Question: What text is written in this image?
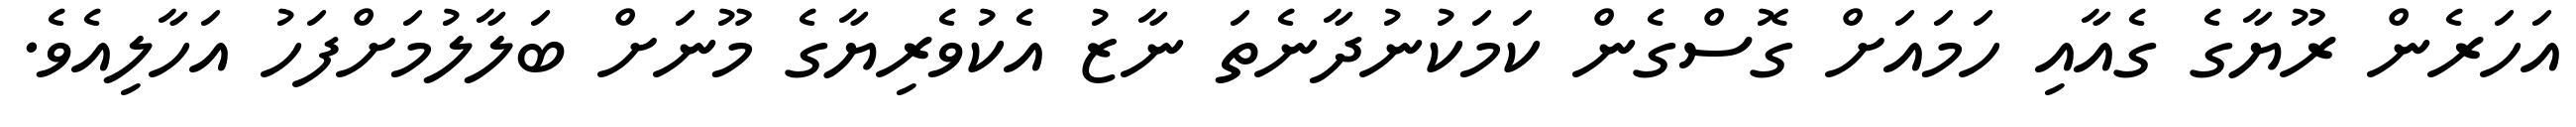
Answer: އަހަރެން ރޫޔާގެ ގެއާއި ހަމައަށް ގޮސްގެން ކަމަކުނުދާނެތަ ނާޒު އެކުވެރިޔާގެ މޫނަށް ބަލާލުމަށްފަހު އަހާލިއެވެ.